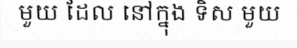
មួយ ដែល នៅក្នុង ទិស មួយ